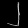
Digit: ၂